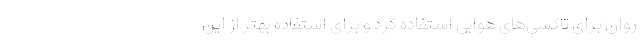
روان برای تاکسی‌های هوایی استفاده کرد و برای استفاده بهتر از این